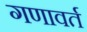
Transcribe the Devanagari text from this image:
गणावर्त